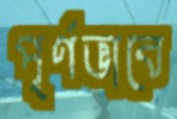
পূর্ণভাবে